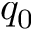
q _ { 0 }